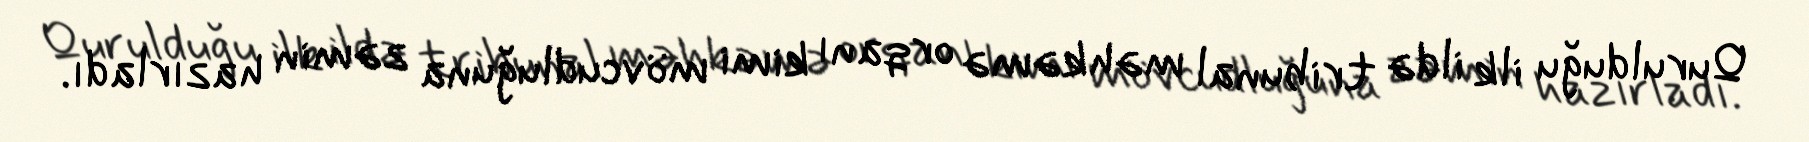
Qurulduğu ilk ildə tribunal məhkəmə orqanı kimi mövcudluğuna zəmin hazırladı.